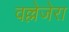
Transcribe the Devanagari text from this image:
वल्लेजेरा